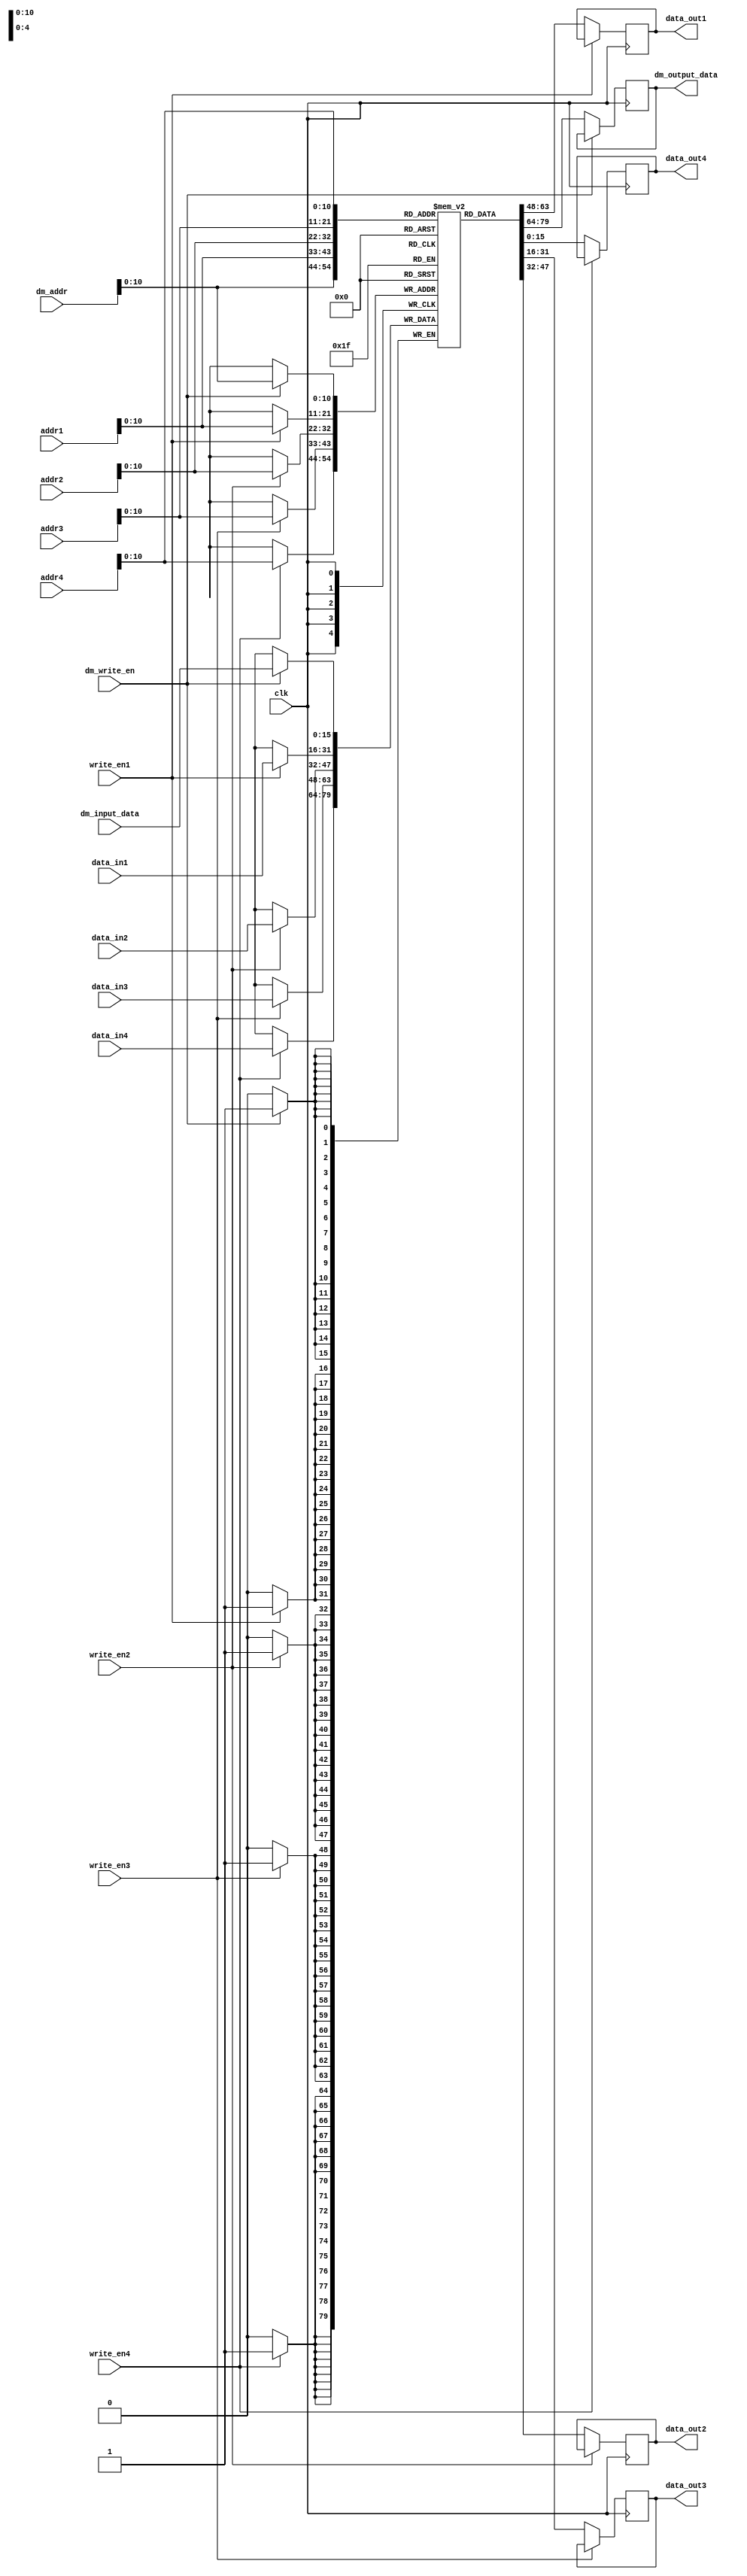
module data_memory(clk,dm_write_en,dm_input_data,dm_addr,write_en1,write_en2,write_en3,write_en4,addr1,addr2,addr3,addr4,data_in1,data_in2,data_in3,data_in4,dm_output_data,data_out1,data_out2,data_out3,data_out4);
	input clk;
	input dm_write_en;
	input write_en1,write_en2,write_en3,write_en4;
	input [15:0] dm_addr;
	input [15:0] dm_input_data;
	input [15:0] addr1,addr2,addr3,addr4;
	input [15:0] data_in1,data_in2,data_in3,data_in4;
	output reg [15:0] dm_output_data;
	output reg [15:0] data_out1,data_out2,data_out3,data_out4;
	
	reg [15:0] data_ram [2047:0];
	
	always @(posedge clk)
		begin
	//input data write to memory 
			if (dm_write_en == 1) begin
				data_ram[dm_addr]<=dm_input_data;
			end
			else begin
				dm_output_data<=data_ram[dm_addr];
			end

	//processing
			if (write_en1==1)begin
				data_ram[addr1]<= data_in1[15:0];	
			end
			else begin
				data_out1 <= data_ram[addr1];
			end

			if (write_en2==1)begin
				data_ram[addr2]<= data_in2[15:0];	
			end
			else begin
				data_out2 <= data_ram[addr2];
			end
			
			if (write_en3==1)begin
				data_ram[addr3]<= data_in3[15:0];
				
			end
			else begin
				data_out3 <= data_ram[addr3];
			end

			if (write_en4==1)begin
				data_ram[addr4]<= data_in4[15:0];
				
			end
			else begin
				data_out4 <= data_ram[addr4];
			end
			
		end
endmodule